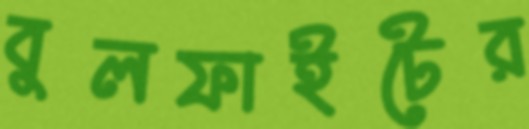
বুলফাইটের